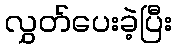
လွှတ်ပေးခဲ့ပြီး